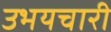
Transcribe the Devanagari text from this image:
उभयचारी